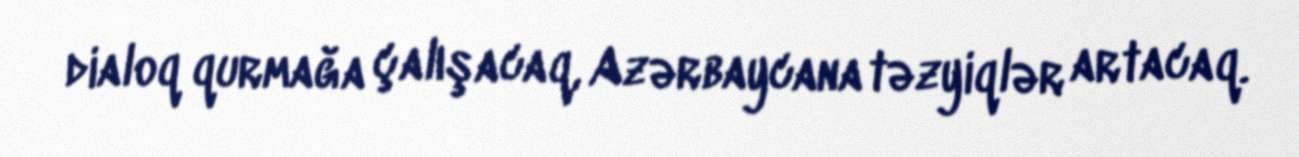
dialoq qurmağa çalışacaq, Azərbaycana təzyiqlər artacaq.